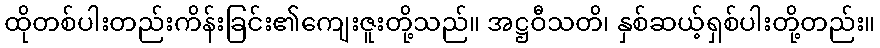
ထိုတစ်ပါးတည်းကိန်းခြင်း၏ကျေးဇူးတို့သည်။ အဋ္ဌဝီသတိ၊ နှစ်ဆယ့်ရှစ်ပါးတို့တည်း။